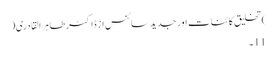
)تخلیق کائنات اور جدید سائنس از ڈاکٹر طاہر القادری(
11۔